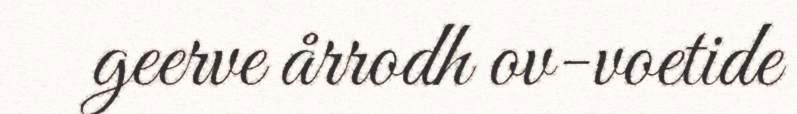
geerve årrodh ov-voetide